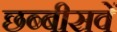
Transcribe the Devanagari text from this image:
छब्बीसवें